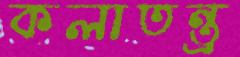
কলাতন্ত্র